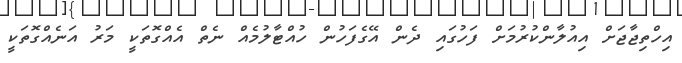
އިހްތިޖާޖަށް އިއުލާންކުރުމަށް ފަހުގައި ދެން އޭގެފަހުން ހުއްޓާލުމެއް ނެތް އެއްގޮތަކީ މަރު އަނެއްގޮތަކީ